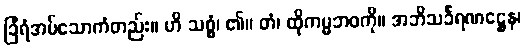
ခြံရံအပ်သောကံတည်း။ ဟိ သစ္စွံ၊ ၏။ တံ၊ ထိုကမ္မဘဝကို။ အဘိသင်္ခရဏဋ္ဌေန၊